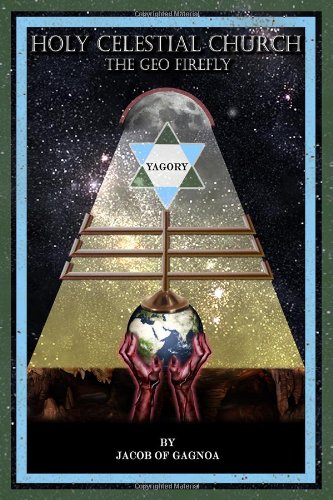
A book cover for Holy Celestial Church: The Geo Firefly; Jacob of Gagnoa; Christian Books & Bibles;